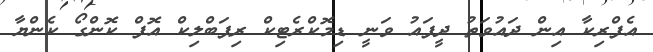
އެފްރިކާ އިން ދައުވަތު ދީފައު ވަނީ ޑިމޮކްރެޓިކް ރިޕަބްލިކް އޮފް ކޮންގޯ ކެންޔާ